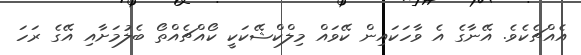
އެއްޗެކެވެ. އޭނާގެ އެ ވާހަކައިން ކޭވައް މިލްކްޝޭކަކީ ކޯއްޗެއްތޯ ބެލުމަށާއި އޭގެ ރަހަ